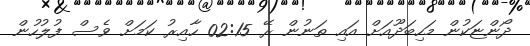
ދޯންޏަކުން މަހިބަދޫއަށް އައި ތަނުން ރޭ 02:15 ހާއިރު ކަމަށް ވެސް ފުލުހުން